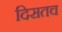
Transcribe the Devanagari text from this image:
दिसतच